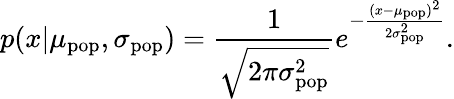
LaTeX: p(x|\mu_{\mathrm{pop}},\sigma_{\mathrm{pop}})=\frac{1}{\sqrt{2\pi\sigma_{\mathrm{pop}}^{2}}}e^{-\frac{(x-\mu_{\mathrm{pop}})^{2}}{2\sigma_{\mathrm{pop}}^{2}}}.